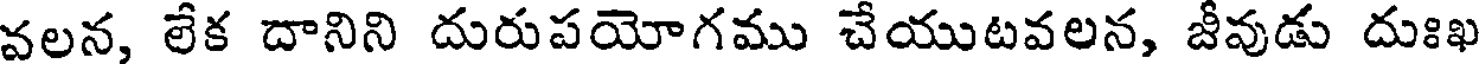
వలన, లేక దానిని దురుపయోగము చేయుటవలన, జీవుడు దుఃఖ